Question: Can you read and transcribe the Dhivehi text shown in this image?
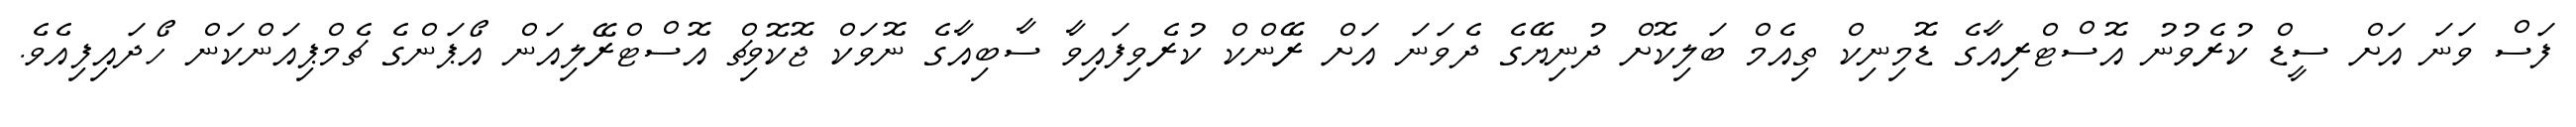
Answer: ފަސް ވަނަ އަށް ސީޑް ކުރެވުނު އޮސްޓްރިއާގެ ޑޮމިނިކް ތިއެމް ބަލިކޮށް ދުނިޔޭގެ ދެވަނަ އަށް ރޭންކް ކުރެވިފައިވާ ސާބިއާގެ ނޮވަކް ޖޮކޮވިޗް އޮސްޓްރޭލިއަން އޯޕަންގެ ޗެމްޕިއަންކަން ހޯދައިފިއެވެ.